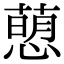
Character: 𢡗